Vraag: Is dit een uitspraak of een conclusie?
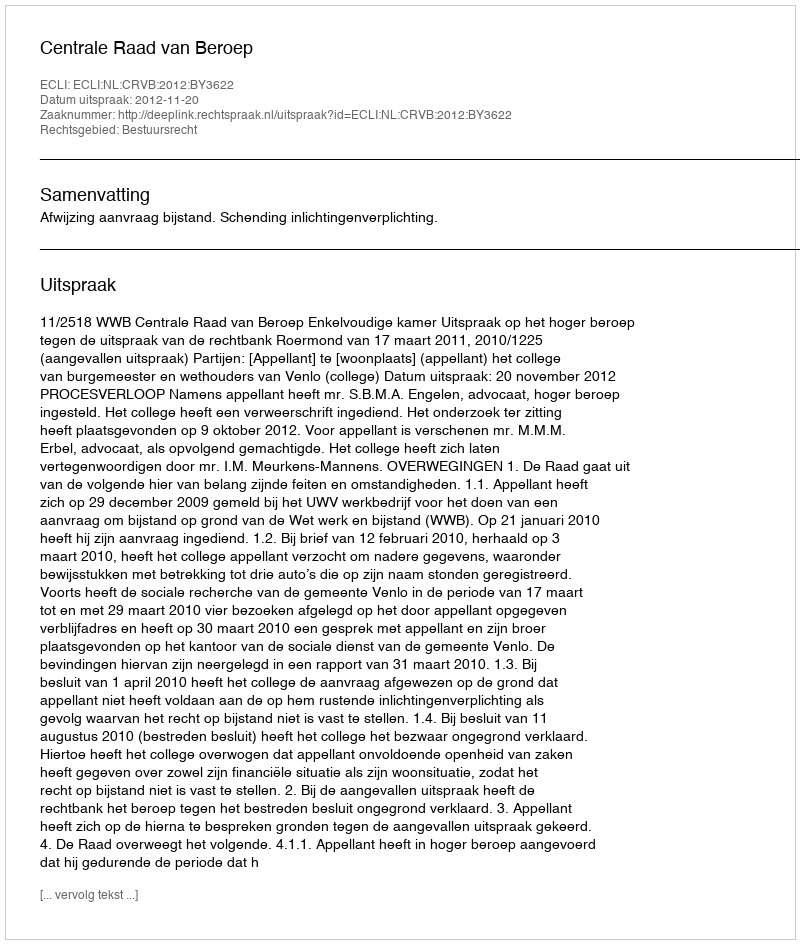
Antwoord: Uitspraak